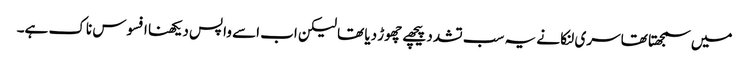
میں سمجھتا تھا سری لنکا نے یہ سب تشدد پیچھے چھوڑ دیا تھا لیکن اب اسے واپس دیکھنا افسوس ناک ہے۔